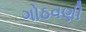
ગોઠવણી